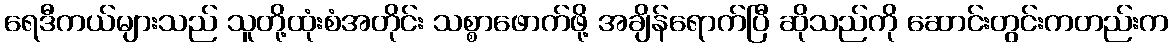
ရေဒီကယ်များသည် သူတို့ထုံးစံအတိုင်း သစ္စာဖောက်ဖို့ အချိန်ရောက်ပြီ ဆိုသည်ကို ဆောင်းတွင်းကတည်းက